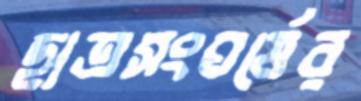
ছাত্রসংঘর্ষের